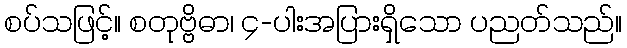
စပ်သဖြင့်။ စတုဗ္ဗိဓာ၊ ၄-ပါးအပြားရှိသော ပညတ်သည်။